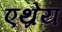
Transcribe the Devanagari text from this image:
एथ्रेय